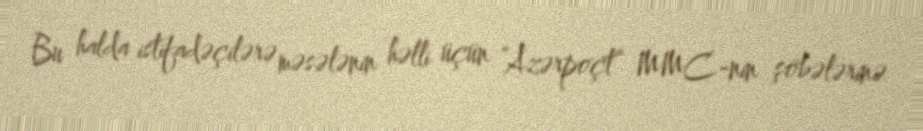
Bu halda istifadəçilərə məsələnin həlli üçün “Azərpoçt” MMC-nin şöbələrinə